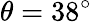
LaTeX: \theta=38^{\circ}